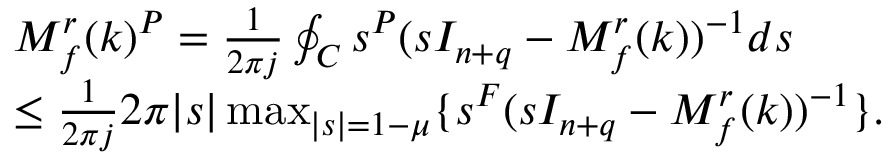
\begin{array} { r l } & { M _ { f } ^ { r } ( k ) ^ { P } = \frac { 1 } { 2 \pi j } \oint _ { C } s ^ { P } ( s I _ { n + q } - M _ { f } ^ { r } ( k ) ) ^ { - 1 } d s } \\ & { \leq \frac { 1 } { 2 \pi j } 2 \pi \lvert s \rvert \operatorname* { m a x } _ { \lvert s \rvert = 1 - \mu } \{ s ^ { F } ( s I _ { n + q } - M _ { f } ^ { r } ( k ) ) ^ { - 1 } \} . } \end{array}